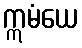
ဣမံယေ